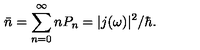
\bar { n } = \sum _ { n = 0 } ^ { \infty } n P _ { n } = | j ( \omega ) | ^ { 2 } / \hbar .